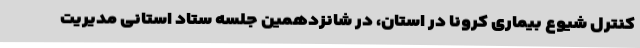
کنترل شیوع بیماری کرونا در استان، در شانزدهمین جلسه ستاد استانی مدیریت